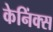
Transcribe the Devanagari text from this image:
केनिंक्स